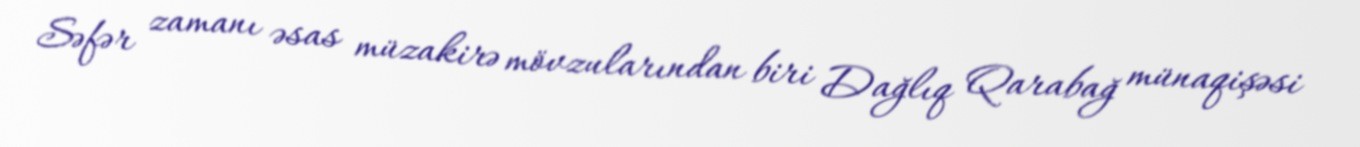
Səfər zamanı əsas müzakirə mövzularından biri Dağlıq Qarabağ münaqişəsi